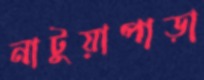
নাটুয়াপাড়া